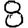
Digit: 8